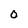
Character: O